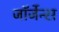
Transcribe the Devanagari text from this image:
जॉर्जेन्स